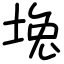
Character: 堍